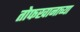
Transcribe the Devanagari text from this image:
तोफखानाच्या